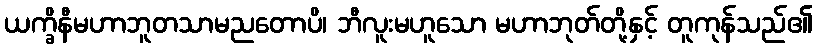
ယက္ခိနီမဟာဘူတသာမညတောပိ၊ ဘီလူးမဟူသော မဟာဘုတ်တို့နှင့် တူကုန်သည်၏